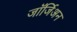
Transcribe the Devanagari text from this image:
जॉर्जिअन